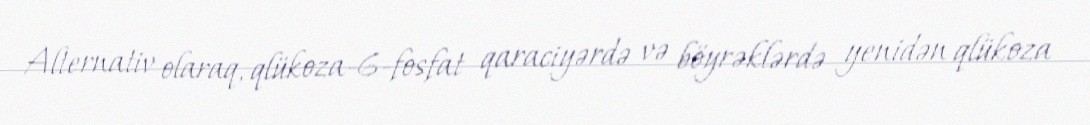
Alternativ olaraq, qlükoza-6-fosfat qaraciyərdə və böyrəklərdə yenidən qlükoza